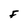
Character: F